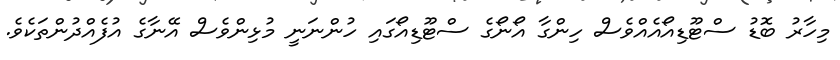
މިހާރު ބޮޑު ސްޓޫޑިއޯއެއްވެސް ހިންގާ އޯނޯގެ ސްޓޫޑިއޯގައި ހުންނަނީ މުޅިންވެސް އޭނާގެ އުފެއްދުންތަކެވެ.